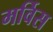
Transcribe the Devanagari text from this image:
मर्विस